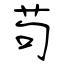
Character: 苟